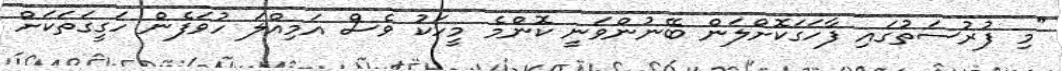
"މި ފުރުސަތުގައި ފާހަގަކޮށްލަން ބޭނުންވަނީ ކޮންމެ މީހަކު ވެސް އަމިއްލަ ހުވަފެން ހަގީގަތަކަށް